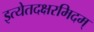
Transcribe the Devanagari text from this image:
इत्येतदक्षरमिदम्